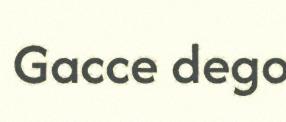
Gacce dego